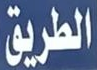
الطريق